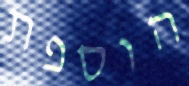
הוספת